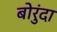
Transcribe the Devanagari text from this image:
बोरुंदा